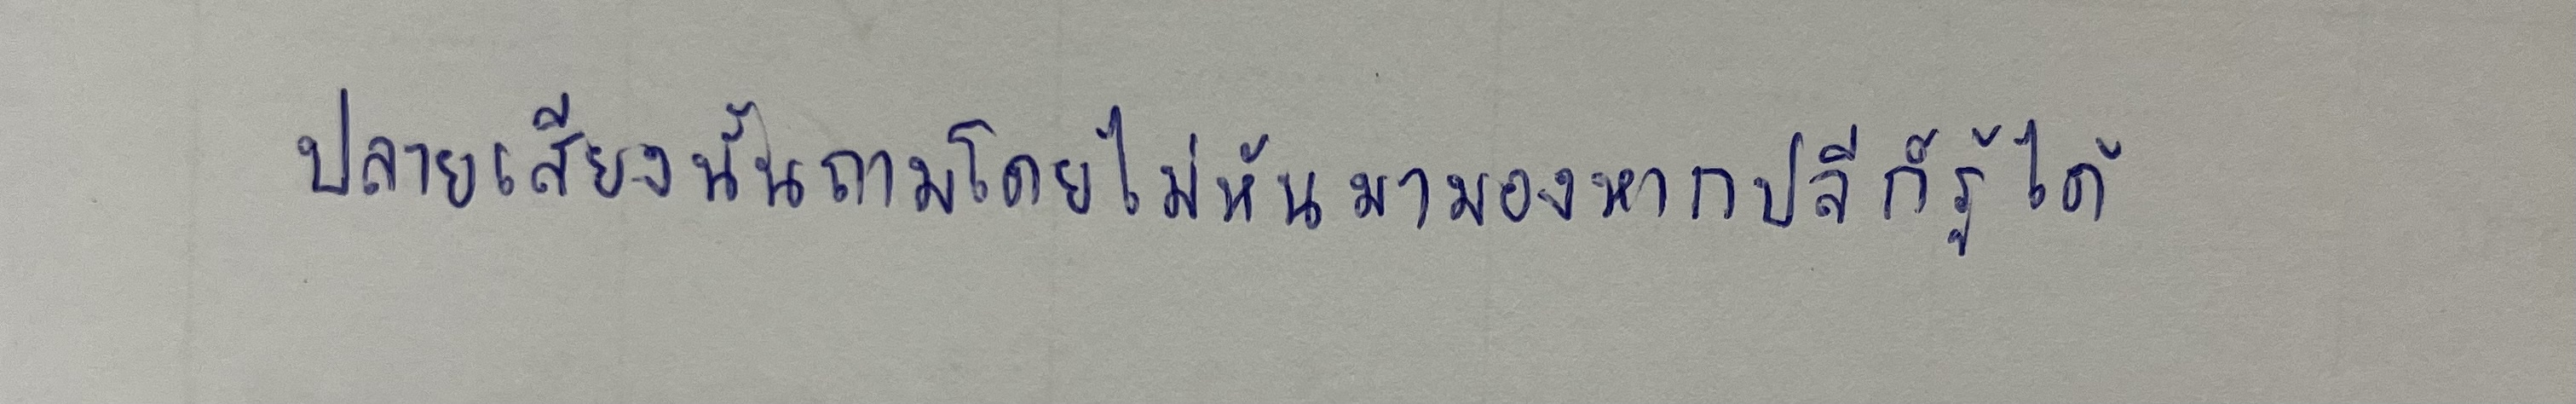
ปลายเสียงนั้นถามโดยไม่หันมามองหากปลีก็รู้ได้